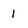
Character: 1